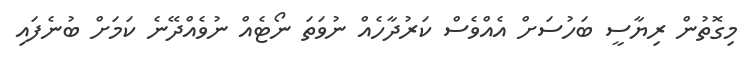
މިގޮތުން ރިޔާސީ ބަހުސަށް އެއްވެސް ކަރުދާހެއް ނުވަތަ ނޯޓެއް ނުވެއްދޭނެ ކަމަށް ބުނެފައި